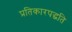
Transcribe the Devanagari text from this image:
प्रतिकारपद्धति